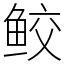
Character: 鲛